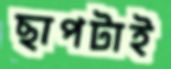
ছাপটাই